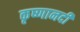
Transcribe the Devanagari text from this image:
कृष्णानदी